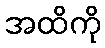
အထိကို